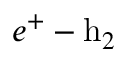
{ e } ^ { + } \ensuremath { - } { \mathrm { h } } _ { 2 }